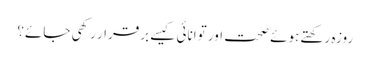
روزہ رکھتے ہوئے صحت اور توانائی کیسے برقرار رکھی جائے؟